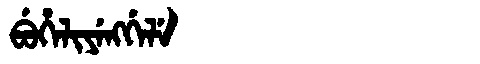
Manchu: ᠪᡠᡥᡝᠯᡳᠶᡝᠩᡤᡝᠯᡝ
Romanization: BUHELIYENGGELE